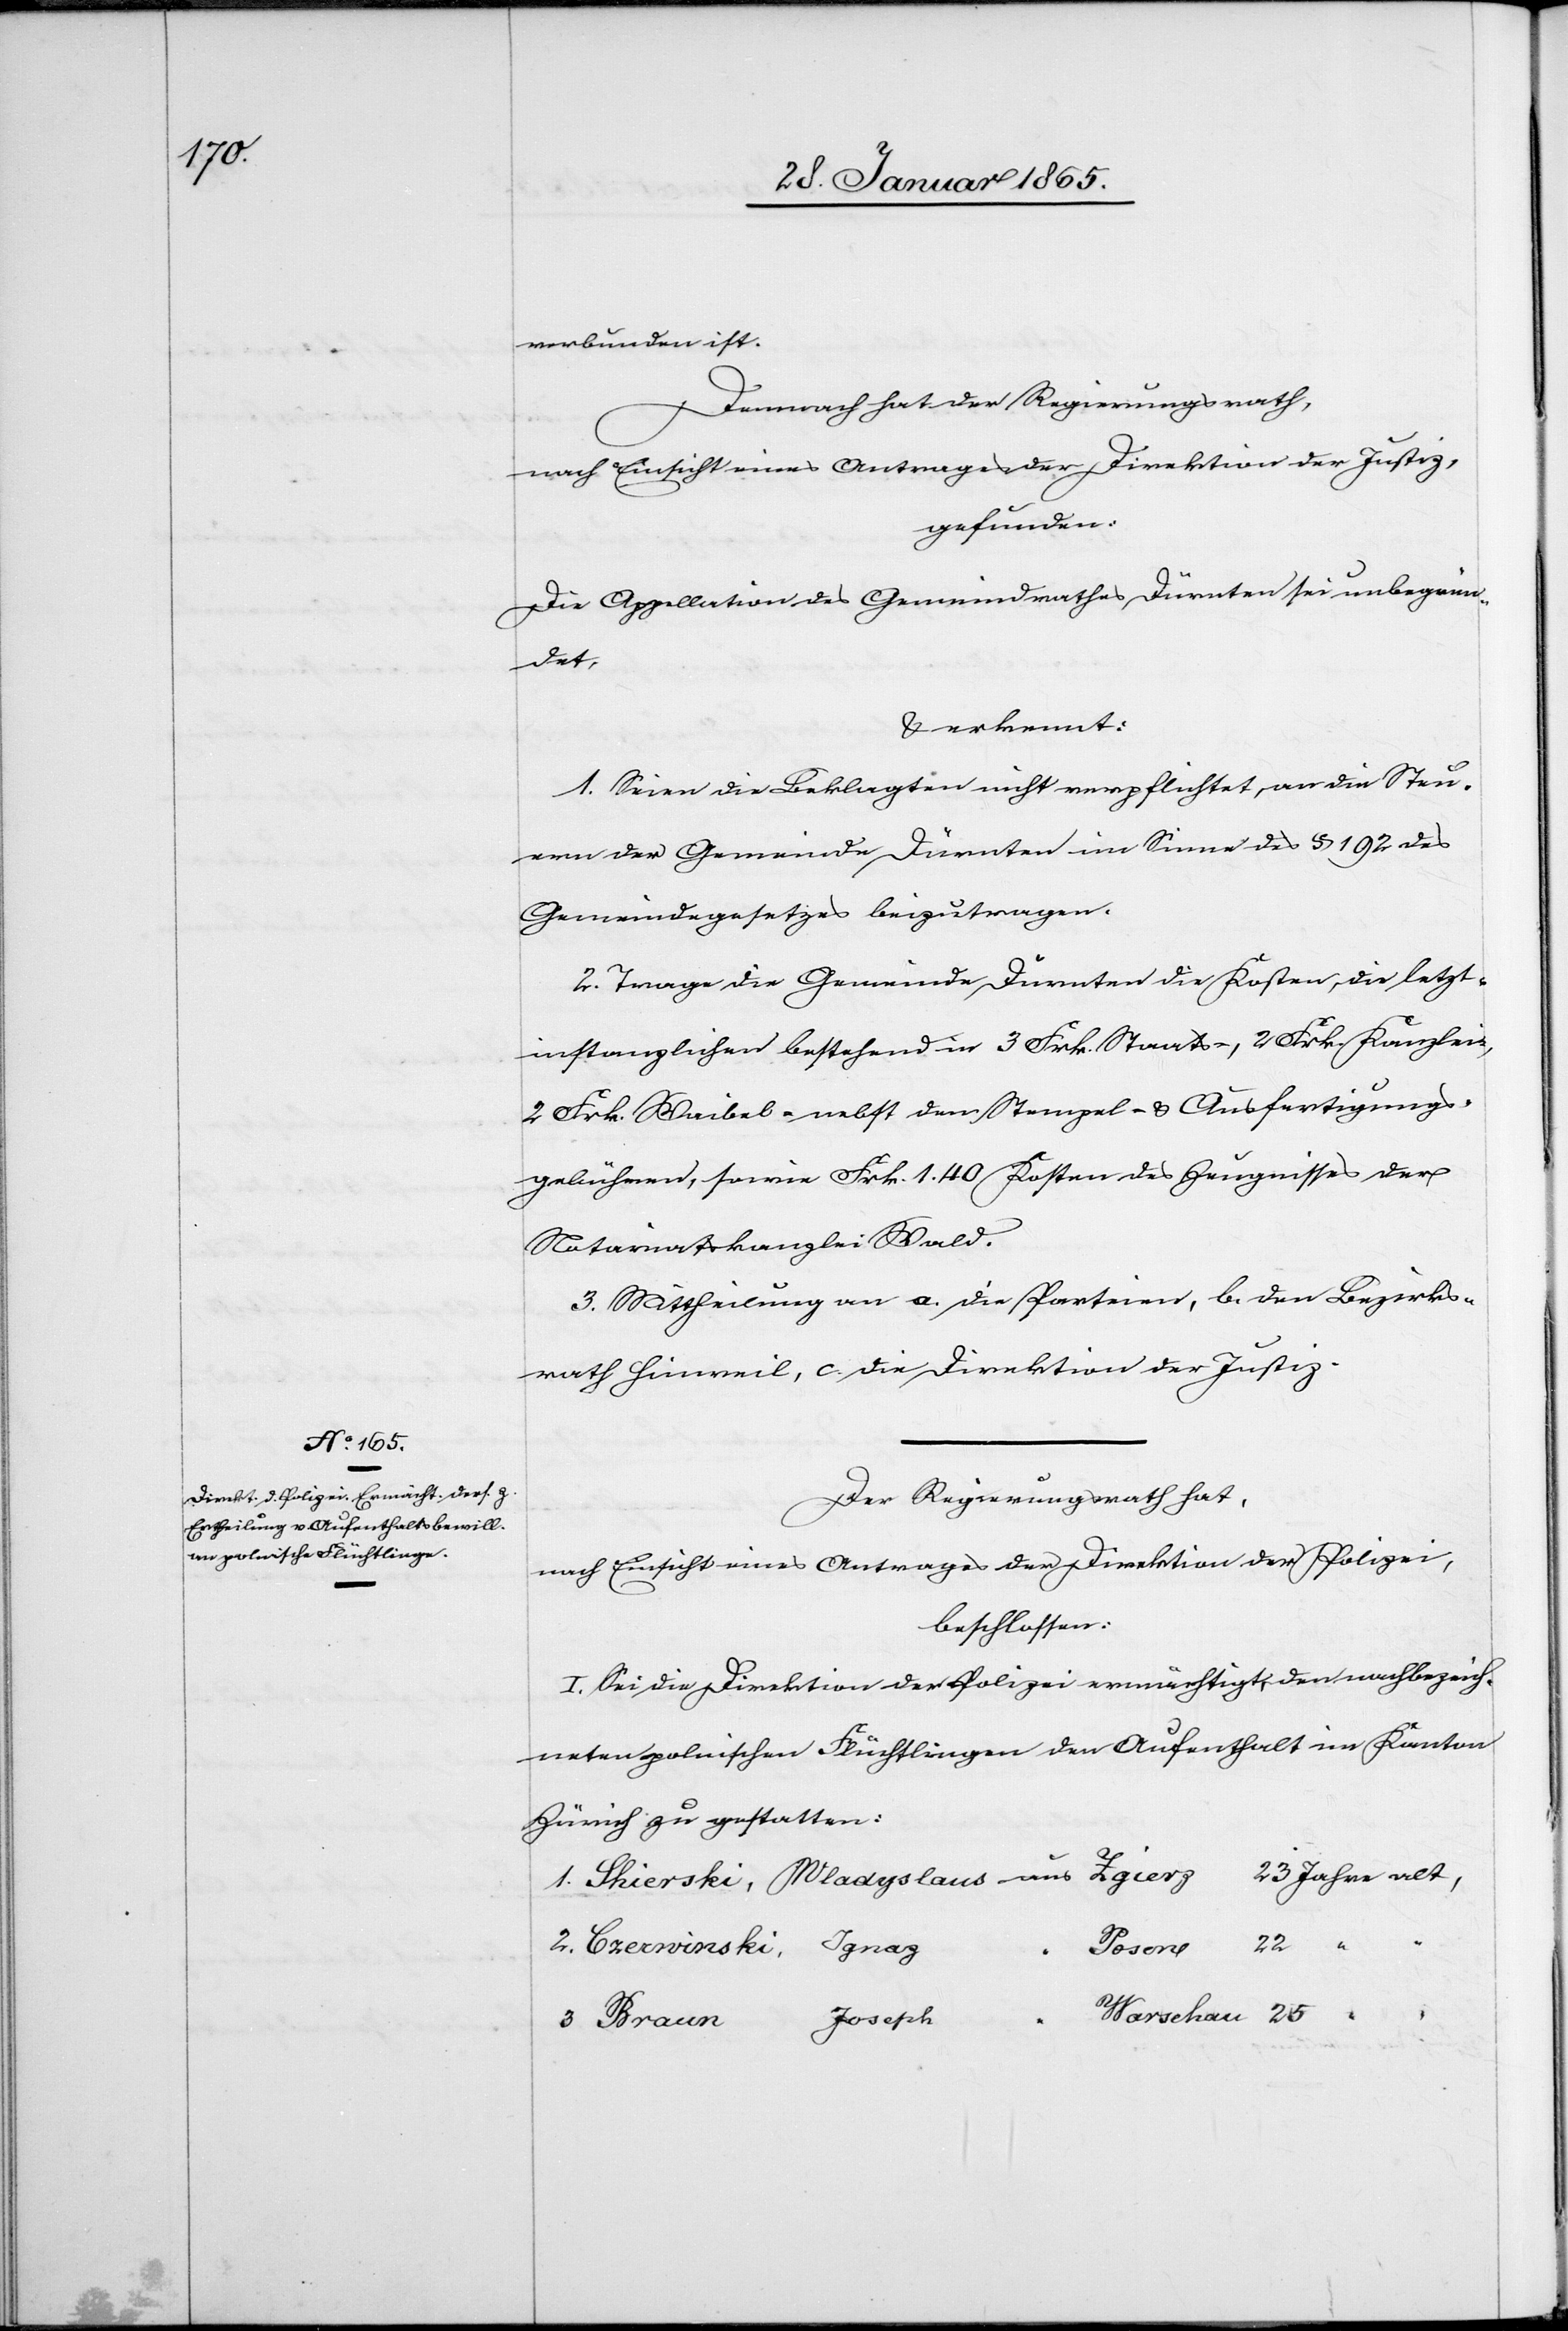
verbunden ist.
Demnach hat der Regierungsrath,
nach Einsicht eines Antrages der Direktion der Justiz,
gefunden:
Die Appellation des Gemeindrathes Dürnten sei unbegrün¬
det,
u. erkennt:
1. Seien die Beklagten nicht verpflichtet, an die Steu¬
ern der Gemeinde Dürnten im Sinne des § 192 des
Gemeindegesetzes beizutragen.
2. Trage die Gemeinde Dürnten die Kosten, die letzt¬
instanzlichen bestehend in 3 Frk. Staats-, 2 Frk. Kanzlei-,
2 Frk. Waibel- nebst den Stempel- u. Ausfertigungs¬
gebühren, sowie Frk. 1. 40 Kosten des Zeugnisses der
Notariatskanzlei Wald.
3. Mittheilung an a. die Parteien, b. den Bezirks¬
rath Hinweil, c. die Direktion der Justiz.
Der Regierungsrath hat,
nach Einsicht eines Antrages der Direktion der Polizei,
beschlossen:
I. Sei die Direktion der Polizei ermächtigt, den nachbezeich¬
neten polnischen Flüchtlingen den Aufenthalt im Kanton
Zürich zu gestatten:
Braun